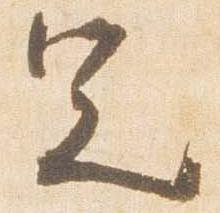
足